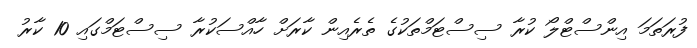
ފުރަތަމަ އިންސްޓްލޯ ކުރާ ސިސްޓަމްތަކުގެ ތެރެއިން ކާރަށް ހާއްސަކުރާ ސިސްޓަމްގައި 10 ކާރު